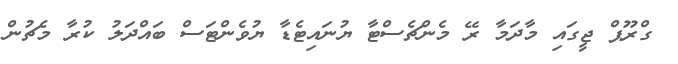
ގްރޫޕް ޖީގައި މާދަމާ ރޭ މެންޗެސްޓާ ޔުނައިޓެޑާ ޔުވެންޓަސް ބައްދަލު ކުރާ މެޗުން